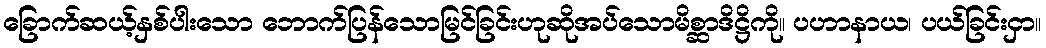
ခြောက်ဆယ့်နှစ်ပါးသော ဘောက်ပြန်သောမြင်ခြင်းဟုဆိုအပ်သောမိစ္ဆာဒိဋ္ဌိကို။ ပဟာနာယ၊ ပယ်ခြင်းငှာ။